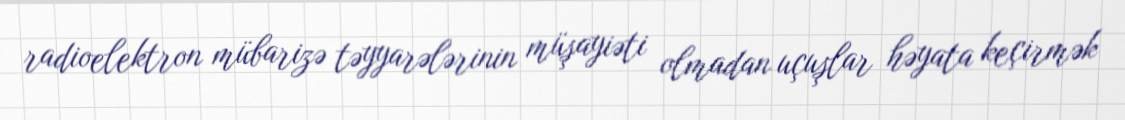
radioelektron mübarizə təyyarələrinin müşayiəti olmadan uçuşlar həyata keçirmək